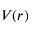
V ( r )